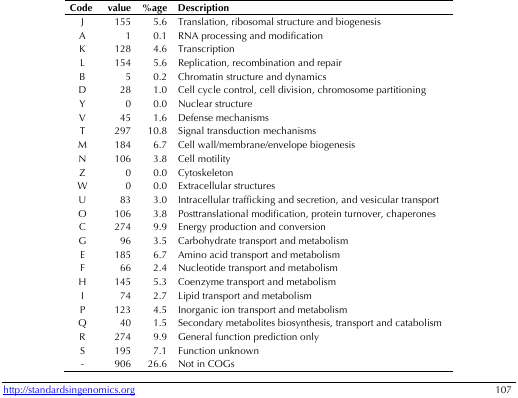
| Code | value | %age | Description |
 | --- | --- | --- | --- |
 | J | 155 | 5.6 | Translation, ribosomal structure and biogenesis |
 | A | 1 | 0.1 | RNA processing and modification |
 | K | 128 | 4.6 | Transcription |
 | L | 154 | 5.6 | Replication, recombination and repair |
 | B | 5 | 0.2 | Chromatin structure and dynamics |
 | D | 28 | 1.0 | Cell cycle control, cell division, chromosome partitioning |
 | Y | 0 | 0.0 | Nuclear structure |
 | V | 45 | 1.6 | Defense mechanisms |
 | T | 297 | 10.8 | Signal transduction mechanisms |
 | M | 184 | 6.7 | Cell wall/membrane/envelope biogenesis |
 | N | 106 | 3.8 | Cell motility |
 | Z | 0 | 0.0 | Cytoskeleton |
 | W | 0 | 0.0 | Extracellular structures |
 | U | 83 | 3.0 | Intracellular trafficking and secretion, and vesicular transport |
 | O | 106 | 3.8 | Posttranslational modification, protein turnover, chaperones |
 | C | 274 | 9.9 | Energy production and conversion |
 | G | 96 | 3.5 | Carbohydrate transport and metabolism |
 | E | 185 | 6.7 | Amino acid transport and metabolism |
 | F | 66 | 2.4 | Nucleotide transport and metabolism |
 | H | 145 | 5.3 | Coenzyme transport and metabolism |
 | I | 74 | 2.7 | Lipid transport and metabolism |
 | P | 123 | 4.5 | Inorganic ion transport and metabolism |
 | Q | 40 | 1.5 | Secondary metabolites biosynthesis, transport and catabolism |
 | R | 274 | 9.9 | General function prediction only |
 | S | 195 | 7.1 | Function unknown |
 | - | 906 | 26.6 | Not in COGs |